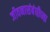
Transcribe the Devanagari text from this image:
जीवनासंबंधीच्या